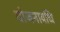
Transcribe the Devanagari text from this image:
योजनावधि